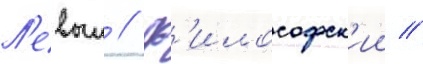
Л'евыи // Ф'илософск'ии //